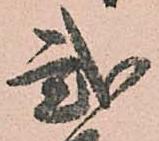
弐